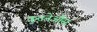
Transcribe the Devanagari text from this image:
कुतनेऔस